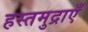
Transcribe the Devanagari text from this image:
हस्तमुद्राएँ